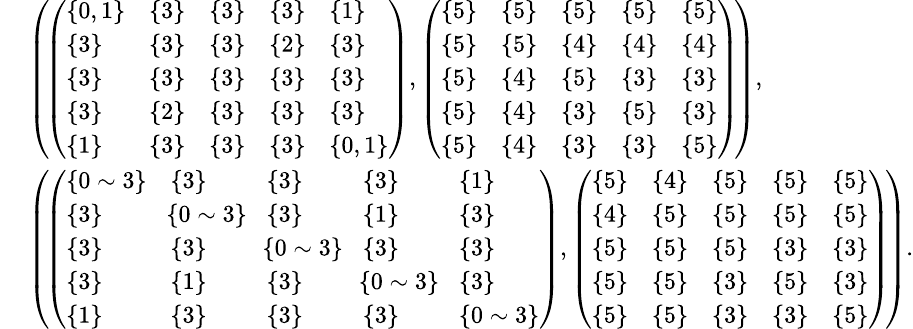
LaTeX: \begin{array}{rl}&{\small{\left(\! \left(\begin{array}{lllll}{\{ 0,1\} }&{\{ 3\} }&{\{ 3\} }&{\{ 3\} }&{\{ 1\} }\\ {\{ 3\} }&{\{ 3\} }&{\{ 3\} }&{\{ 2\} }&{\{ 3\} }\\ {\{ 3\} }&{\{ 3\} }&{\{ 3\} }&{\{ 3\} }&{\{ 3\} }\\ {\{ 3\} }&{\{ 2\} }&{\{ 3\} }&{\{ 3\} }&{\{ 3\} }\\ {\{ 1\} }&{\{ 3\} }&{\{ 3\} }&{\{ 3\} }&{\{ 0,1\} }\end{array}\right),\left(\begin{array}{lllll}{\{ 5\} }&{\{ 5\} }&{\{ 5\} }&{\{ 5\} }&{\{ 5\} }\\ {\{ 5\} }&{\{ 5\} }&{\{ 4\} }&{\{ 4\} }&{\{ 4\} }\\ {\{ 5\} }&{\{ 4\} }&{\{ 5\} }&{\{ 3\} }&{\{ 3\} }\\ {\{ 5\} }&{\{ 4\} }&{\{ 3\} }&{\{ 5\} }&{\{ 3\} }\\ {\{ 5\} }&{\{ 4\} }&{\{ 3\} }&{\{ 3\} }&{\{ 5\} }\end{array}\right)\! \right),}}\\ &{\small{\left(\! \left(\begin{array}{lllll}{\{ 0\sim 3\} }&{\{ 3\} }&{\{ 3\} }&{\{ 3\} }&{\{ 1\} }\\ {\{ 3\} }&{\! \{ 0\sim 3\} \! }&{\{ 3\} }&{\{ 1\} }&{\{ 3\} }\\ {\{ 3\} }&{\{ 3\} }&{\! \{ 0\sim 3\} \! }&{\{ 3\} }&{\{ 3\} }\\ {\{ 3\} }&{\{ 1\} }&{\{ 3\} }&{\! \{ 0\sim 3\} \! }&{\{ 3\} }\\ {\{ 1\} }&{\{ 3\} }&{\{ 3\} }&{\{ 3\} }&{\{ 0\sim 3\} }\end{array}\right),\left(\begin{array}{lllll}{\{ 5\} }&{\{ 4\} }&{\{ 5\} }&{\{ 5\} }&{\{ 5\} }\\ {\{ 4\} }&{\{ 5\} }&{\{ 5\} }&{\{ 5\} }&{\{ 5\} }\\ {\{ 5\} }&{\{ 5\} }&{\{ 5\} }&{\{ 3\} }&{\{ 3\} }\\ {\{ 5\} }&{\{ 5\} }&{\{ 3\} }&{\{ 5\} }&{\{ 3\} }\\ {\{ 5\} }&{\{ 5\} }&{\{ 3\} }&{\{ 3\} }&{\{ 5\} }\end{array}\right)\! \right).}}\end{array}